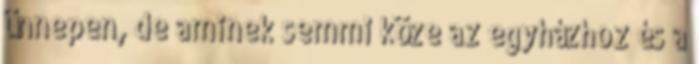
ünnepen, de aminek semmi köze az egyházhoz és a